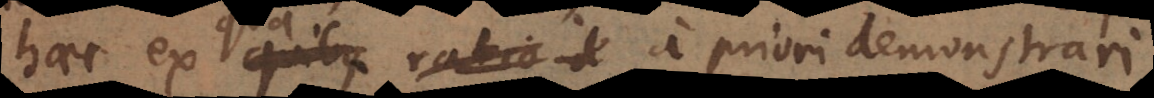
haec ex quibus qua ratio d demonstrari